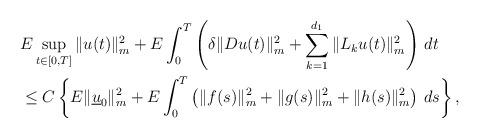
LaTeX: \begin{align*}&E\sup_{t\in[0,T]}\|u(t)\|_m^2+E\int_{0}^T\left(\delta \|Du(t)\|_m^2+\sum_{k=1}^{d_1}\|L_ku(t)\|_m^2\right)\,dt\\&\leq C\left\{E\|\underline{u}_0\|_m^2 + E\int_{0}^T \left(\|f(s)\|_m^2+\|g(s)\|_m^2+\|h(s)\|_m^2\right)\,ds\right\},\end{align*}